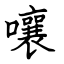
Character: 嚷